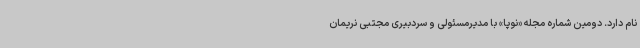
نام دارد. دومین شماره مجله «نوپا» با مدیرمسئولی و سردبیری مجتبی نریمان